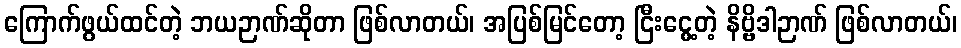
ကြောက်ဖွယ်ထင်တဲ့ ဘယဉာဏ်ဆိုတာ ဖြစ်လာတယ်၊ အပြစ်မြင်တော့ ငြီးငွေ့တဲ့ နိဗ္ဗိဒါဉာဏ် ဖြစ်လာတယ်၊